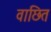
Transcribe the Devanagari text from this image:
वाछित